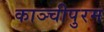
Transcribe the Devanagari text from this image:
काञ्चीपुरम